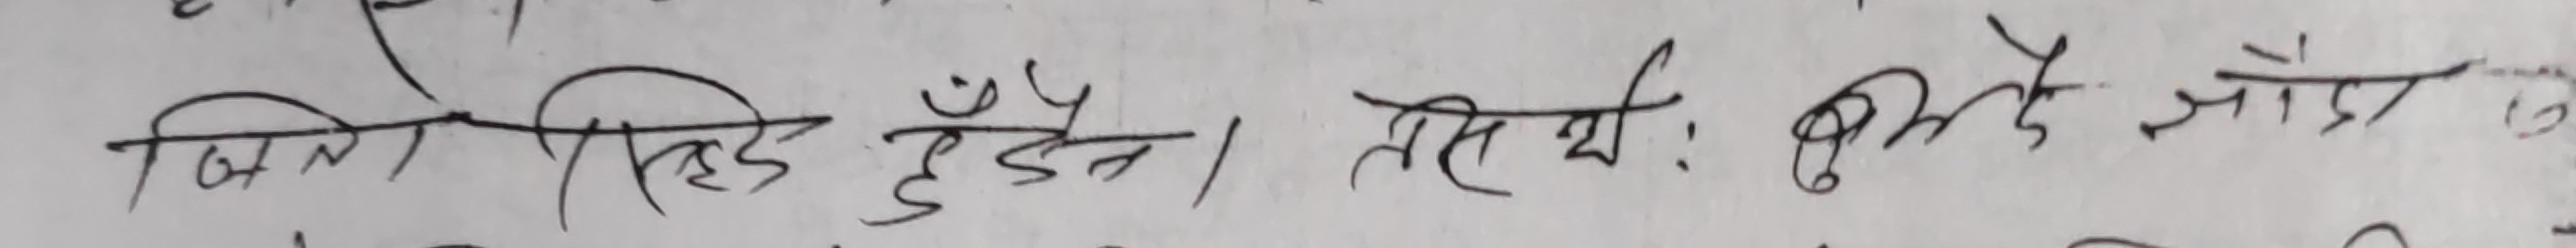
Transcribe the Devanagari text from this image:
बिल्ली पिछे दुड़ें। तारीख: ढुँडे जाँउ